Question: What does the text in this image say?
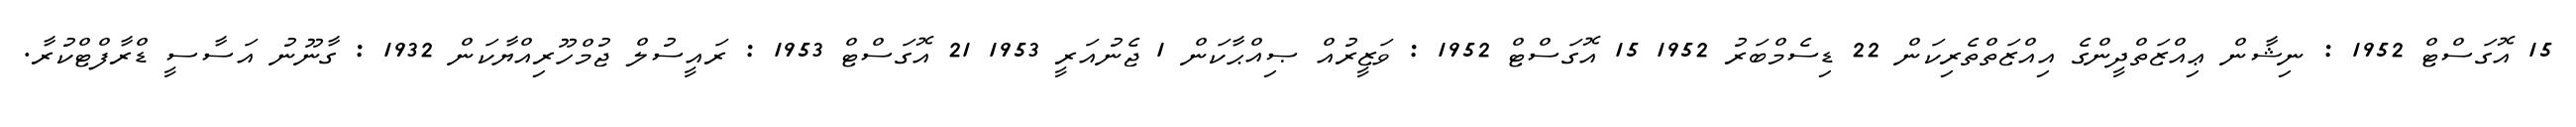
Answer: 15 އޮގަސްޓް 1952 : ނިޝާން ޢިއްޒަތްދީންގެ އިއްޒަތްތެރިކަން 22 ޑިސެމްބަރު 1952 15 އޮގަސްޓް 1952 : ވަޒީރުއް ޞިއްޙާކަން 1 ޖެނުއަރީ 1953 21 އޮގަސްޓް 1953 : ރައީސުލް ޖުމްހޫރިއްޔާކަން 1932 : ގާނޫނު އަސާސީ ޑްރާފްޓްކުރާ.